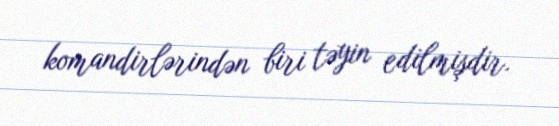
komandirlərindən biri təyin edilmişdir.